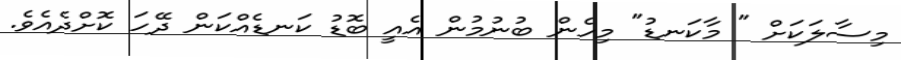
މިސާލަކަށް " މާކަނޑު" މިހެން ބުނުމުން އެއީ ބޮޑު ކަނޑެއްކަން ދޭހަ ކޮށްދެއެވެ.